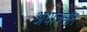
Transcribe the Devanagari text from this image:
अयोज्लन